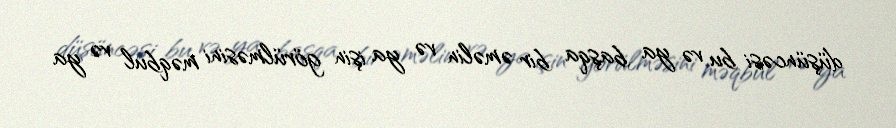
düşüncəsi bu və ya başqa bir əməlin və ya işin görülməsini məqbul və ya